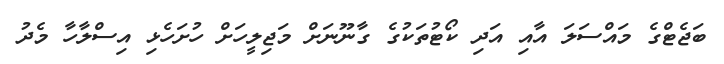
ބަޖެޓްގެ މައްސަލަ އާއި އަދި ކޯޓުތަކުގެ ގާނޫނަށް މަޖިލީހަށް ހުށަހެޅި އިސްލާހާ މެދު